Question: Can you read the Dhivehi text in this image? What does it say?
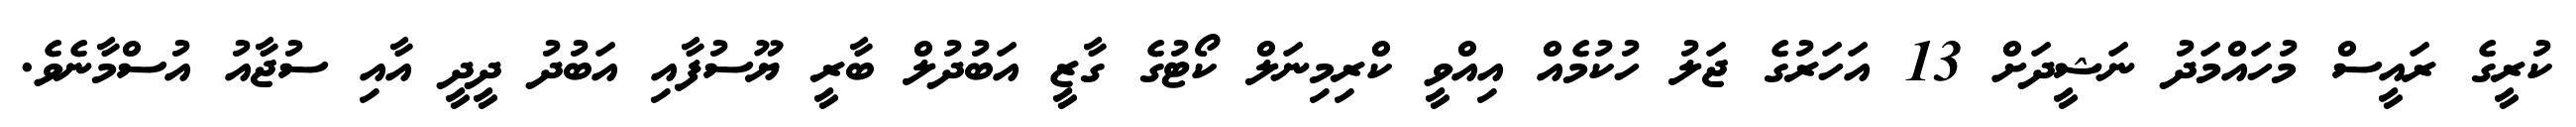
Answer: ކުރީގެ ރައީސް މުހައްމަދު ނަޝީދަށް 13 އަހަރުގެ ޖަލު ހުކުމެއް އިއްވީ ކްރިމިނަލް ކޯޓުގެ ގާޒީ އަބުދުލް ބާރީ ޔޫސުފާއި އަބުދު ދީދީ އާއި ސުޖާއު އުސްމާނެވެ.